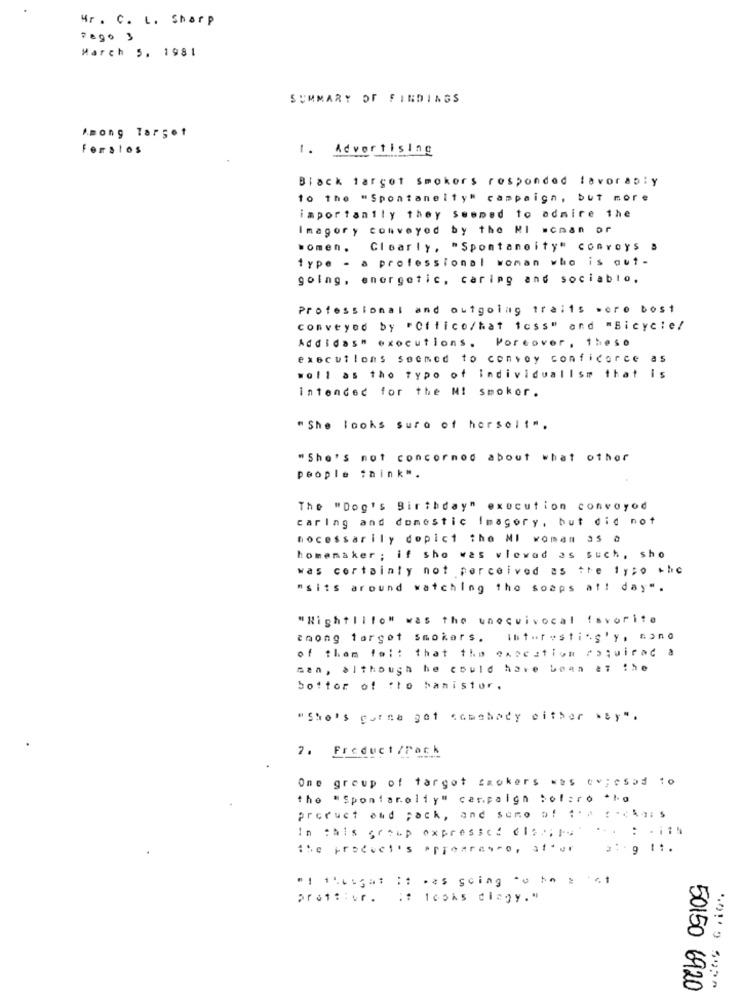
Mr . C. L. Sharp
Pago 3
March 5. 1981
SUMMARY OF FINDINGS
Among Target
Forstos
1.
Advertising
Black target smokers responded lavoraply
to the "Spontaneity" campaign, but more
importantly they seemed to admire the
Imagory conveyed by the MI wcnan or
women.
Clearly, "Spontaneity" Convoys &
type - a professional woman who is aut-
golng, energetic, caring and sociable,
Professional and outgoing traits were best
conveyed by "Office/hat icss" and "Bicycle/
Addidas" exocutions. Moreover, these
executlons seemed to convey conficarce as
woll as the typo of Individuallsm that is
intended for the MI Smokor.
" She looks suro of hersel!".
"She's not concormod about what other
people think".
The "Dog's Birthday" execution convoyod
caring and domestic Imagery, but did not
nocessarily dopict the MI woman 35 a
homemaker ; if sho was wiewad as such, sho
was certainly not perceived as the tyto the
"sits around watching the soaps af! day".
"Rightlito" was the unocuivocal favorite
thong target smokers.
Interestingly, mono
of them foi: that the execution Poquirad a
man, although he could have been at the
bottom of flo banistor.
"She's gutna get <ctahady either way".
7. Freduct /Pack
One group of targot smokers was ev; esod to
the "Spontanolly" carpaign Solaro .no
product and pack, and samo of # ** : - ): s
In this group expressed els .; p. ... : . it
the product's appearance, stor
"1 1hisgat it was going to ho a at
prettier. it looks dingy."
50150 6920